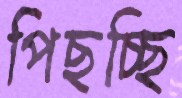
পিছচ্ছি